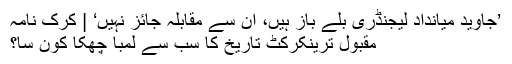
’جاوید میانداد لیجنڈری بلے باز ہیں، اُن سے مقابلہ جائز نہیں‘ | کرک نامہ
مقبول ترینکرکٹ تاریخ کا سب سے لمبا چھکا کون سا؟